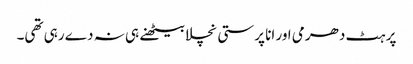
پر ہٹ دھرمی اور انا پرستی نچلا بیٹھنے ہی نہ دے رہی تھی۔